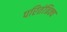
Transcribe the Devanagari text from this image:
परितंत्रिक्य